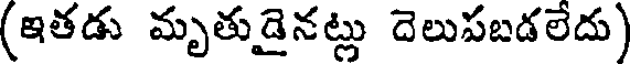
(ఇతడు మృతుడైనట్లు దెలుపబడలేదు)